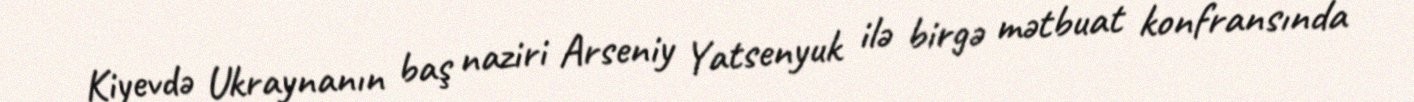
Kiyevdə Ukraynanın baş naziri Arseniy Yatsenyuk ilə birgə mətbuat konfransında